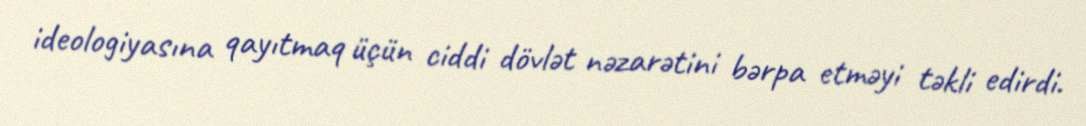
ideologiyasına qayıtmaq üçün ciddi dövlət nəzarətini bərpa etməyi təkli edirdi.